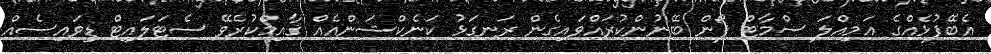
އެބޭފުޅެއްގެ އަމިއްލަ ސްމާޓް ފޯން ބޭނުންކުރައްވައިގެން ރަނގަޅު ކަނެކްޝަންއެއް ޤާއިމްކުރެވޭ ސެޓަލައިޓް ޑިވައިސެއް